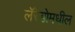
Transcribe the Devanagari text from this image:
लॅरेडोमधील